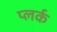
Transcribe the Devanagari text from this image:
प्लर्क